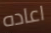
اعاده